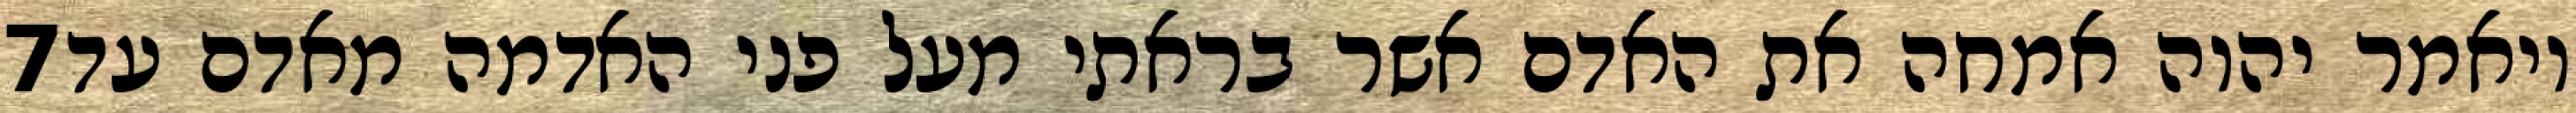
‎7‏ ויאמר יהוה אמחה את האדם אשר בראתי מעל פני האדמה מאדם עד